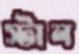
স্টাল